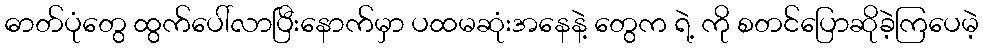
ဓာတ်ပုံတွေ ထွက်ပေါ်လာပြီးနောက်မှာ ပထမဆုံးအနေနဲ့ တွေက ရဲ့ ကို စတင်ပြောဆိုခဲ့ကြပေမဲ့